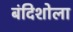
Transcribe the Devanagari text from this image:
बंदिशोला